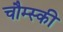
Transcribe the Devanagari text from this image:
चौम्स्की